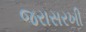
જરાસરખી